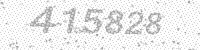
Solution: 415828